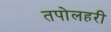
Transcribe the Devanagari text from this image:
तपोलहरी